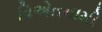
વિએતનામી